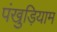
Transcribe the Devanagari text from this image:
पंखुड़ियाम